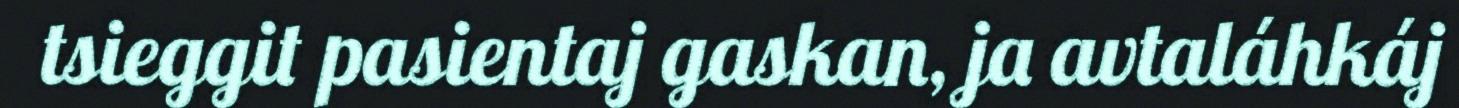
tsieggit pasientaj gaskan, ja avtaláhkáj